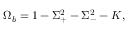
\Omega _ { b } = 1 - \Sigma _ { + } ^ { 2 } - \Sigma _ { - } ^ { 2 } - K ,